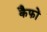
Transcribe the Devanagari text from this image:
कैफों